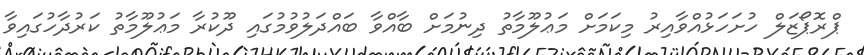
ޕްރޮޕޯޒަލް ހުށަހަޅުއްވާއިރު މިކަމަށް މަޢުލޫމާތު ދިނުމަށް ބާއްވާ ބައްދަލުވުމުގައި ދޫކުރާ މަޢުލޫމާތު ކަރުދާހުގައިވާ